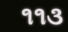
૧૧૩